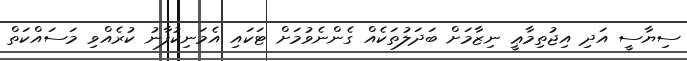
ސިޔާސީ އަދި އިޖުތިމާޢީ ނިޒާމަށް ބަދަލުތަކެއް ގެންނެވުމަށް ޓަކައި އެމަނިކުފާނު ކުރެއްވި މަސައްކަތް